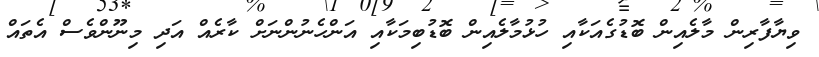
ވިޔާފާރިން މާލެއިން ބޮޑުގެއަކާއި ހުޅުމާލެއިން ބޮޑުބިމަކާއި އަންހެނުންނަށް ކާރެއް އަދި މިނޫންވެސް އެތައް